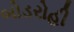
બોડરોહી